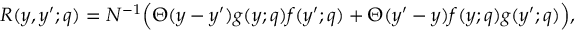
R ( y , y ^ { \prime } ; q ) = N ^ { - 1 } \Big ( \Theta ( y - y ^ { \prime } ) g ( y ; q ) f ( y ^ { \prime } ; q ) + \Theta ( y ^ { \prime } - y ) f ( y ; q ) g ( y ^ { \prime } ; q ) \Big ) ,